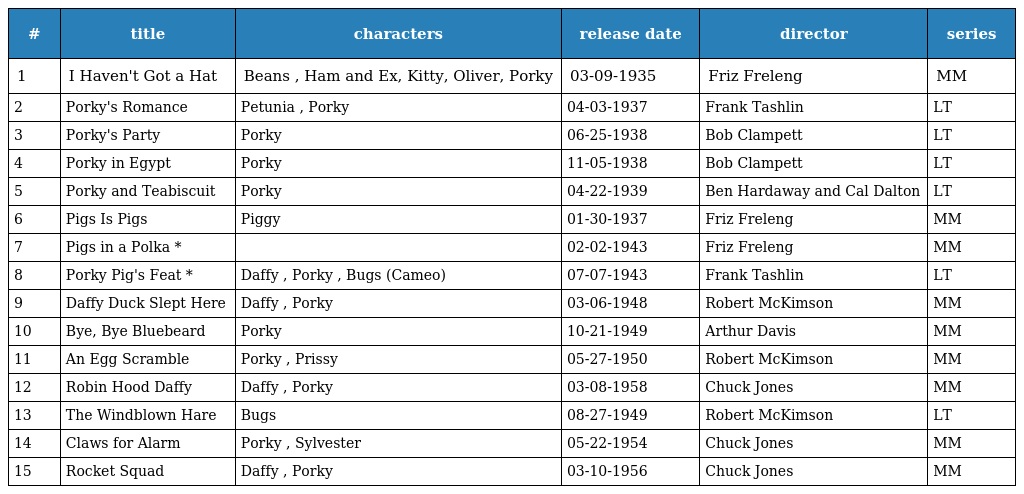
| # | title | characters | release date | director | series |
 | --- | --- | --- | --- | --- | --- |
 | 1 | I Haven't Got a Hat | Beans , Ham and Ex, Kitty, Oliver, Porky | 03-09-1935 | Friz Freleng | MM |
 | 2 | Porky's Romance | Petunia , Porky | 04-03-1937 | Frank Tashlin | LT |
 | 3 | Porky's Party | Porky | 06-25-1938 | Bob Clampett | LT |
 | 4 | Porky in Egypt | Porky | 11-05-1938 | Bob Clampett | LT |
 | 5 | Porky and Teabiscuit | Porky | 04-22-1939 | Ben Hardaway and Cal Dalton | LT |
 | 6 | Pigs Is Pigs | Piggy | 01-30-1937 | Friz Freleng | MM |
 | 7 | Pigs in a Polka * |  | 02-02-1943 | Friz Freleng | MM |
 | 8 | Porky Pig's Feat * | Daffy , Porky , Bugs (Cameo) | 07-07-1943 | Frank Tashlin | LT |
 | 9 | Daffy Duck Slept Here | Daffy , Porky | 03-06-1948 | Robert McKimson | MM |
 | 10 | Bye, Bye Bluebeard | Porky | 10-21-1949 | Arthur Davis | MM |
 | 11 | An Egg Scramble | Porky , Prissy | 05-27-1950 | Robert McKimson | MM |
 | 12 | Robin Hood Daffy | Daffy , Porky | 03-08-1958 | Chuck Jones | MM |
 | 13 | The Windblown Hare | Bugs | 08-27-1949 | Robert McKimson | LT |
 | 14 | Claws for Alarm | Porky , Sylvester | 05-22-1954 | Chuck Jones | MM |
 | 15 | Rocket Squad | Daffy , Porky | 03-10-1956 | Chuck Jones | MM |